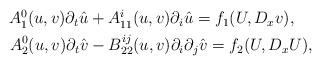
LaTeX: \begin{align*}\begin{aligned}A^{0}_{1}(u,v)\partial_{t}\hat{u}&+A^{i}_{11}(u,v)\partial_{i}\hat{u}=f_{1}(U,D_{x}v),\\A^{0}_{2}(u,v)\partial_{t}\hat{v}&-B^{ij}_{22}(u,v)\partial_{i}\partial_{j}\hat{v}=f_{2}(U,D_{x}U),\end{aligned}\end{align*}